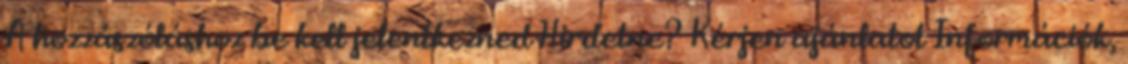
A hozzászóláshoz be kell jelentkezned Hirdetne? Kérjen ajánlatot Információk,